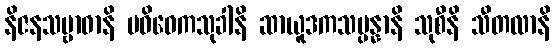
နိဇနသမ္ဗာဓာနိ ပဝိဝေကသုခါနိ ဆာယူဒကသမ္ပန္နာနိ သုစီနိ သီတလာနိ